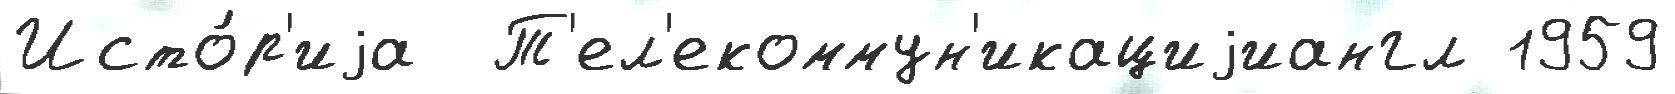
Исто́р'иjа  Т'ел'екоммун'икациjиангл 1959